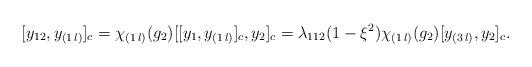
LaTeX: \begin{align*} [y_{12},y_{(1\,l)}]_c=\chi_{(1\,l)}(g_2)[[y_1,y_{(1\,l)}]_c,y_2]_c=\lambda_{112}(1-\xi^2)\chi_{(1\,l)}(g_2)[y_{(3\,l)},y_2]_c.\end{align*}